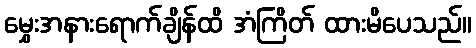
မွှေးအနားရောက်ချိန်ထိ အံကြိတ် ထားမိပေသည်။